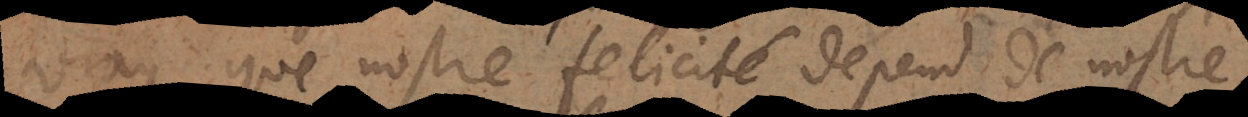
vray que nostre felicité depend de nostre